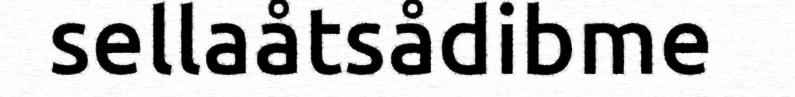
sellaåtsådibme